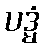
ပဒ္မံ